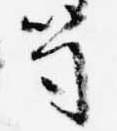
笥